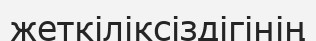
жеткіліксіздігінің